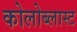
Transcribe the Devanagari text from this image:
कोलोब्लास्ट